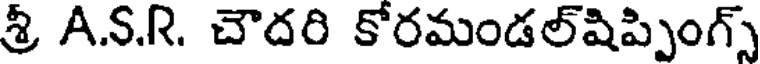
శ్రీ A.S.R. చౌదరి కోరమండల్షిప్పింగ్స్